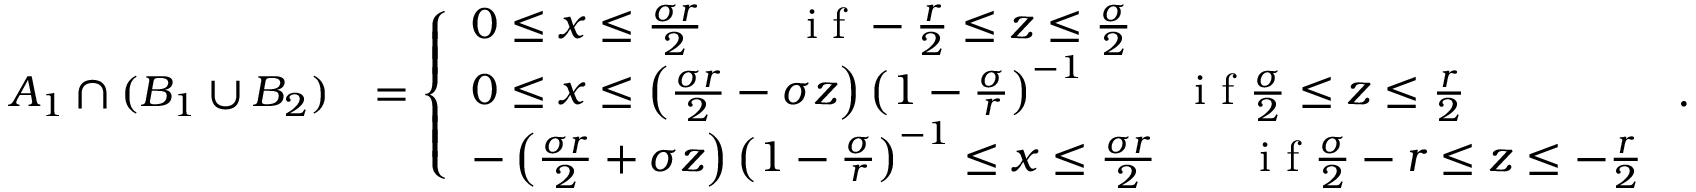
\begin{array} { r l } { A _ { 1 } \cap ( B _ { 1 } \cup B _ { 2 } ) } & { = \left\{ \begin{array} { l l } { 0 \leq x \leq \frac { \sigma r } { 2 } \qquad \textrm { i f } - \frac { r } { 2 } \leq z \leq \frac { \sigma } { 2 } } \\ { 0 \leq x \leq \left( \frac { \sigma r } { 2 } - \sigma z \right) \left( 1 - \frac { \sigma } { r } \right) ^ { - 1 } \qquad \textrm { i f } \frac { \sigma } { 2 } \leq z \leq \frac { r } { 2 } } \\ { - \left( \frac { \sigma r } { 2 } + \sigma z \right) \left( 1 - \frac { \sigma } { r } \right) ^ { - 1 } \leq x \leq \frac { \sigma r } { 2 } \qquad \textrm { i f } \frac { \sigma } { 2 } - r \leq z \leq - \frac { r } { 2 } } \end{array} \right. . } \end{array}